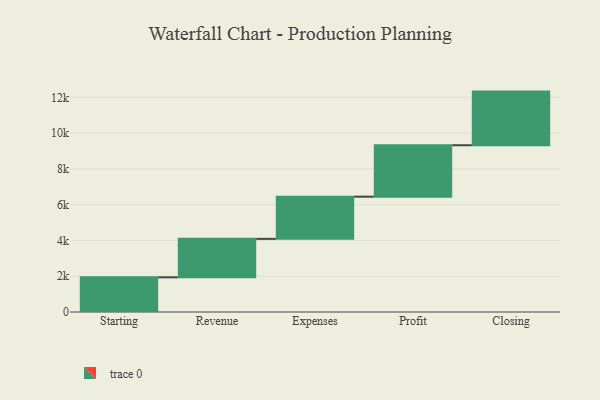
{"axis": {"x": "Step", "y": "Value"}, "legend": [""], "data": [{"x": "Starting", "y": 1940.0, "type": ""}, {"x": "Revenue", "y": 2150.0, "type": ""}, {"x": "Expenses", "y": 2359.0, "type": ""}, {"x": "Profit", "y": 2875.0, "type": ""}, {"x": "Closing", "y": 3000, "type": ""}]}